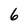
Character: 6